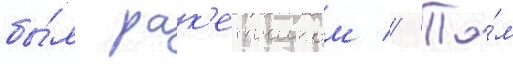
бы́л рак'етчиком // Та́м